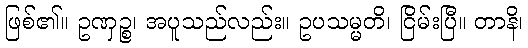
ဖြစ်၏။ ဥဏှဉ္စ၊ အပူသည်လည်း။ ဥပသမ္မတိ၊ ငြိမ်းပြီ။ တာနိ၊